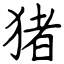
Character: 猪